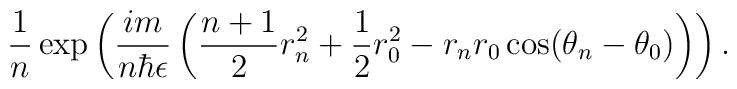
\frac{1}{n}\exp\left(\frac{im}{n\hbar \epsilon}\left(\frac{n+1 }{2}r_{n}^{2}+\frac{1}{2}r_{0}^{2}-r_{n}r_{0}\cos(\theta_{n}-\theta_{0})\right)\right).